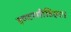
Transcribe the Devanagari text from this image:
इण्टरमीडिएट।